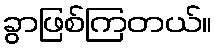
ခွာဖြစ်ကြတယ်။